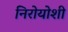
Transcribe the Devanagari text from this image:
निरोयोशी